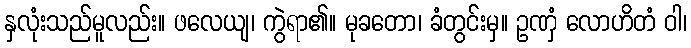
နှလုံးသည်မူလည်း။ ဖလေယျ၊ ကွဲရာ၏။ မုခတော၊ ခံတွင်းမှ။ ဥဏှံ လောဟိတံ ဝါ၊